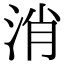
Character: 消